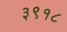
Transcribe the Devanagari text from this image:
३९१८